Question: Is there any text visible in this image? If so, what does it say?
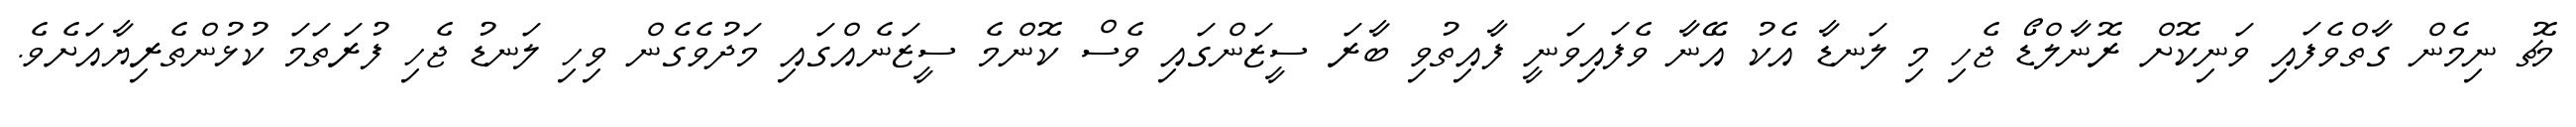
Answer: މެޗު ނިމެން ގާތްވެފައި ވަނިކޮށް ރޮނާލްޑޯ ޖެހި މި ލަނޑާ އެކު އޭނާ ވެފައިވަނީ ފާއިތުވި ބާރަ ސީޒަންގައި ވެސް ކޮންމެ ސީޒަނެއްގައި މަދުވެގެން ވިހި ލަނޑު ޖެހި ފުރަތަމަ ކުޅުންތެރިޔާއަށެވެ.